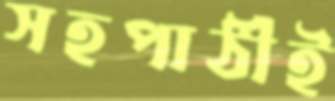
সহপাঠীই